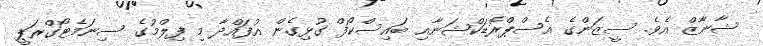
ޝާނާޒް އެވެ. ސީޒަންގެ އެސްޕްރޮޑަކްޝަނާއި ބައިސްކޯފް ގުޅިގެން އުފައްދާ މި ފިލްމުގެ ސިނަމެޓޯގްރަޕީ